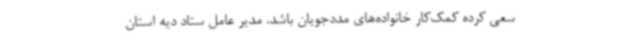
سعی کرده کمک‌کار خانواده‌های مددجویان باشد. مدیر عامل ستاد دیه استان